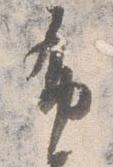
布